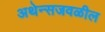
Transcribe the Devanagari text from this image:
अथेन्सजवळील